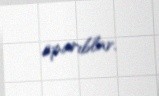
aparıblar.